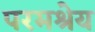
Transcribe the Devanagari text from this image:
परमश्रेय